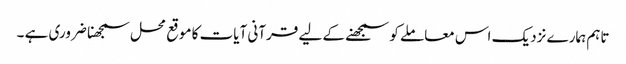
تاہم ہمارے نزدیک اس معاملے کو سمجھنے کے لیے قرآنی آیات کا موقع محل سمجھنا ضروری ہے ۔